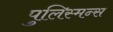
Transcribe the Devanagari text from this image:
पुलिस्मन्स